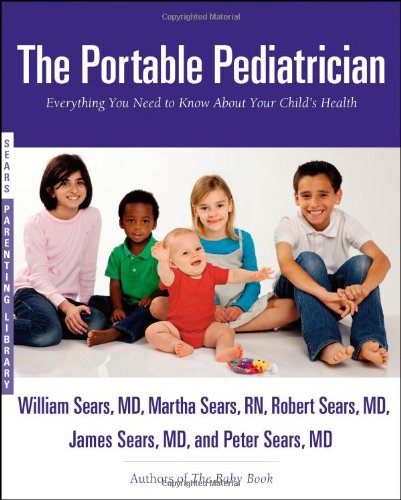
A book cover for The Portable Pediatrician: Everything You Need to Know About Your Child's Health (Sears Parenting Library); William Sears; Health, Fitness & Dieting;